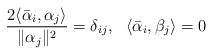
LaTeX: \begin{align*}\frac{2 \langle \bar \alpha_i, \alpha_j \rangle}{\| \alpha_j \|^2} = \delta_{ij}, \ \ \langle \bar \alpha_i, \beta_j \rangle = 0\end{align*}